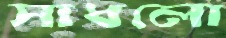
সাধলো